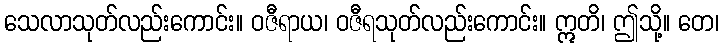
သေလာသုတ်လည်းကောင်း။ ဝဇီရာယ၊ ဝဇီရသုတ်လည်းကောင်း။ ဣတိ၊ ဤသို့။ တေ၊